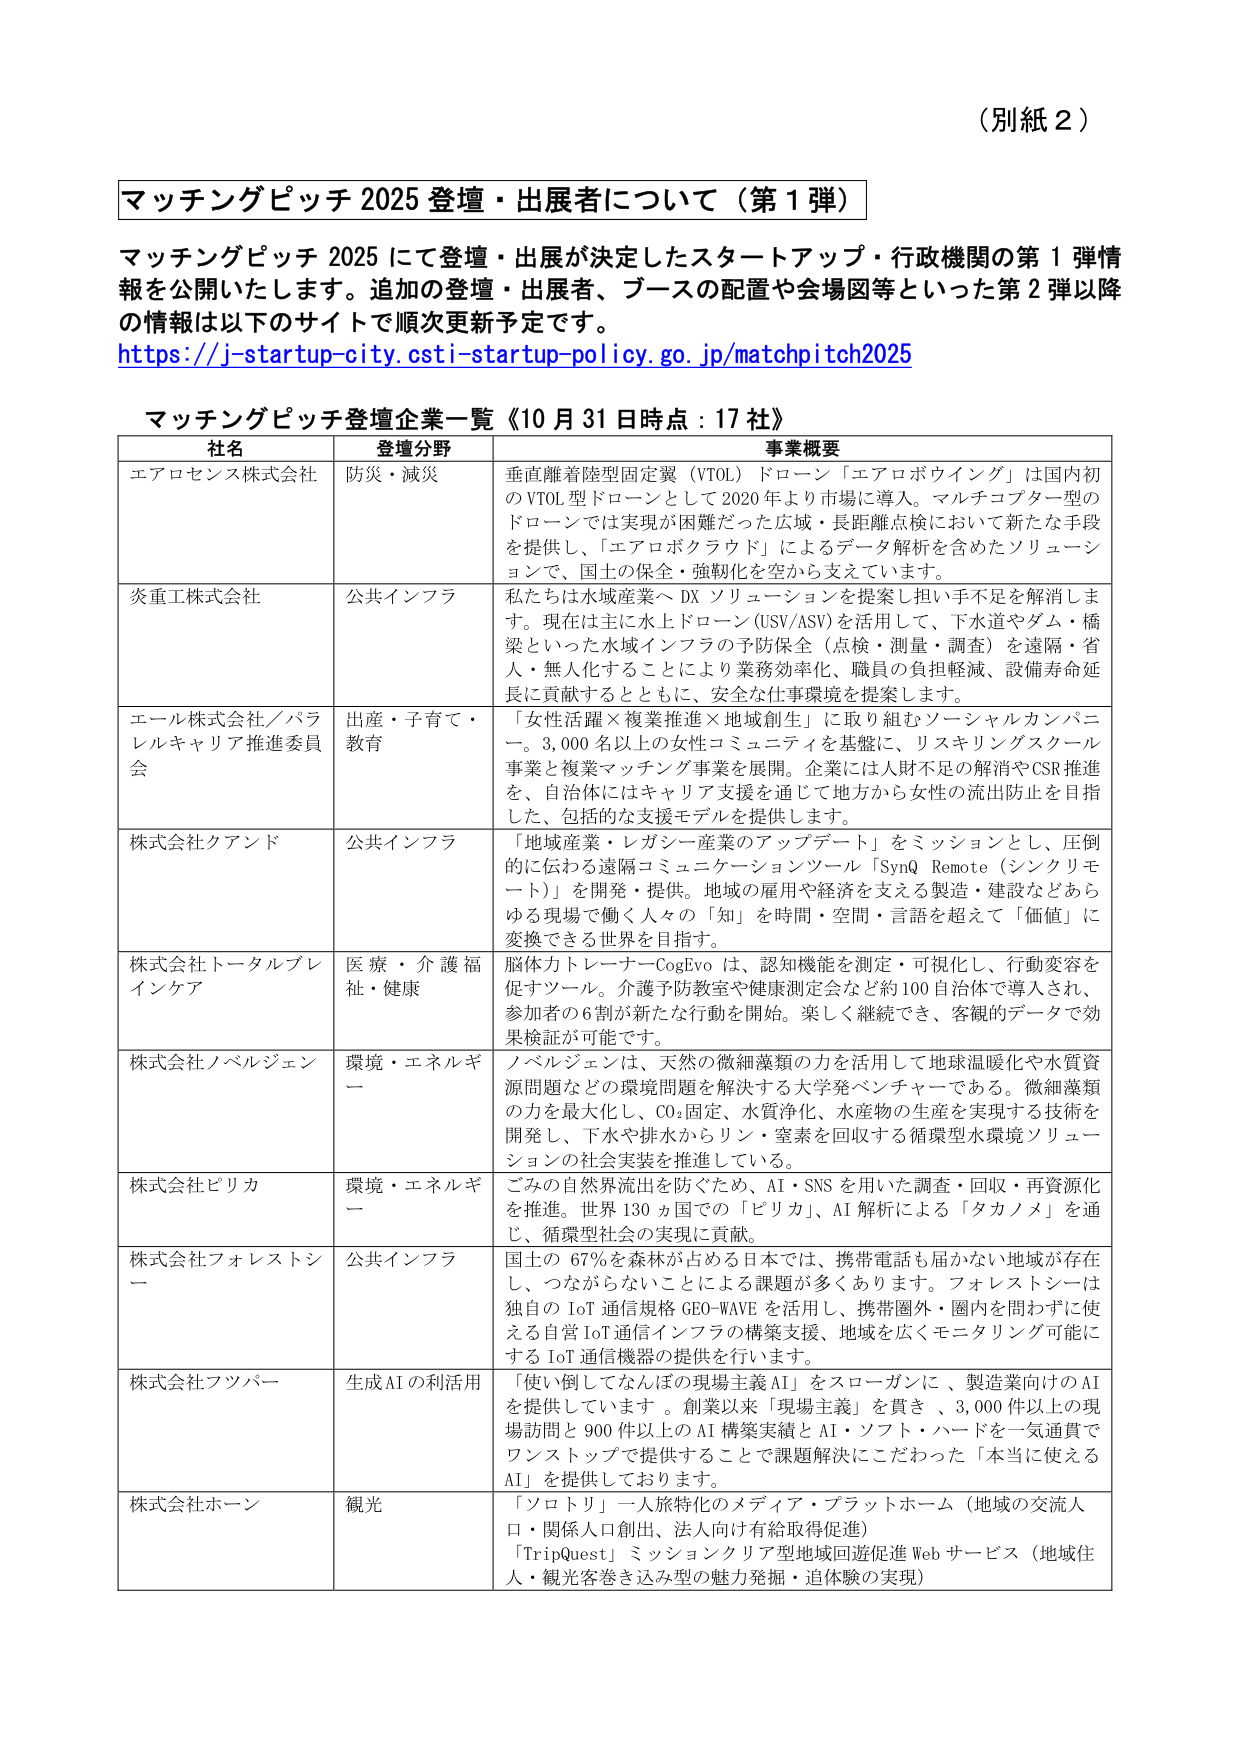
（別紙２）

マッチングピッチ 2025 登壇・出展者について（第１弾）

マッチングピッチ 2025 にて登壇・出展が決定したスタートアップ・行政機関の第１弾情報を公開いたします。追加の登壇・出展者、ブースの配置や会場図等といった第２弾以降の情報は以下のサイトで順次更新予定です。
https://j-startup-city.csti-startup-policy.go.jp/matchpitch2025

マッチングピッチ登壇企業一覧《10月31日時点：17社》

社名 登壇分野 事業概要
エアロセンス株式会社 防災・減災 垂直離着陸型固定翼（VTOL）ドローン「エアロボウイング」は国内初のVTOL型ドローンとして2020年より市場に導入。マルチコプター型のドローンでは実現が困難だった広域・長距離点検において新たな手段を提供し、「エアロボクラウド」によるデータ解析を含めたソリューションで、国土の保全・強靭化を空から支えています。
災重工株式会社 公共インフラ 私たちは水域産業へDXソリューションを提案し担い手不足を解消します。現在は主に水上ドローン（USV/ASV）を活用して、下水道やダム・橋梁といった水域インフラの予防保全（点検・測量・調査）を遠隔・省人・無人化することにより業務効率化、職員の負担軽減、設備寿命延長に貢献するとともに、安全な仕事環境を提案します。
エール株式会社／パラレルキャリア推進委員会 出産・子育て・教育 「女性活躍×複業推進×地域創生」に取り組むソーシャルカンパニー。3,000名以上の女性コミュニティを基盤に、リスキリングスクール事業と複業マッチング事業を展開。企業には人財不足の解消やCSR推進を、自治体にはキャリア支援を通じて地方から女性の流出防止を目指した、包括的な支援モデルを提供します。
株式会社クアンド 公共インフラ 「地域産業・レガシー産業のアップデート」をミッションとし、圧倒的に伝わる遠隔コミュニケーションツール「SynQ Remote（シンクリモート）」を開発・提供。地域の雇用や経済を支える製造・建設などあらゆる現場で働く人々の「知」を時間・空間・言語を超えて「価値」に変換できる世界を目指す。
株式会社トータルブレインケア 医療・介護福祉・健康 脳体力トレーナーCogEvoは、認知機能を測定・可視化し、行動変容を促すツール。介護予防教室や健康測定会など約100自治体で導入され、参加者の6割が新たな行動を開始。楽しく継続でき、客観的データで効果検証が可能です。
株式会社ノベルジェン 環境・エネルギー ノベルジェンは、天然の微細藻類の力を活用して地球温暖化や水質資源問題などの環境問題を解決する大学発ベンチャーである。微細藻類の力を最大化し、CO₂固定、水質浄化、水産物の生産を実現する技術を開発し、下水や排水からリン・窒素を回収する循環型水環境ソリューションの社会実装を推進している。
株式会社ビリカ 環境・エネルギー ごみの自然界流出を防ぐため、AI・SNSを用いた調査・回収・再資源化を推進。世界130ヵ国での「ビリカ」、AI解析による「タカノメ」を通じ、循環型社会の実現に貢献。
株式会社フォレストシー 公共インフラ 国土の67％を森林が占める日本では、携帯電話も届かない地域が存在し、つながらないことによる課題が多くあります。フォレストシーは独自のIoT通信規格GEO-WAVEを活用し、携帯圏外・圏内を問わず使える自営IoT通信インフラの構築支援、地域を広くモニタリング可能にするIoT通信機器の提供を行います。
株式会社フツバー 生成AIの利活用 「使い倒してなんぼの現場主義AI」をスローガンに、製造業向けのAIを提供しています。創業以来「現場主義」を貫き、3,000件以上の現場訪問と900件以上のAI構築実績とAI・ソフト・ハードを一気通貫でワンストップで提供することで課題解決にこだわった「本当に使えるAI」を提供しております。
株式会社ホーン 観光 「ソトトリ」一人旅特化のメディア・プラットホーム（地域の交流人口・関係人口創出、法人向け有給取得促進） 「TripQuest」ミッションクリア型地域回遊促進Webサービス（地域住人・観光客巻き込み型の魅力発掘・追体験の実現）